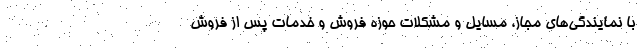
با نمایندگی‌های مجاز، مسایل و مشکلات حوزه فروش و خدمات پس از فروش